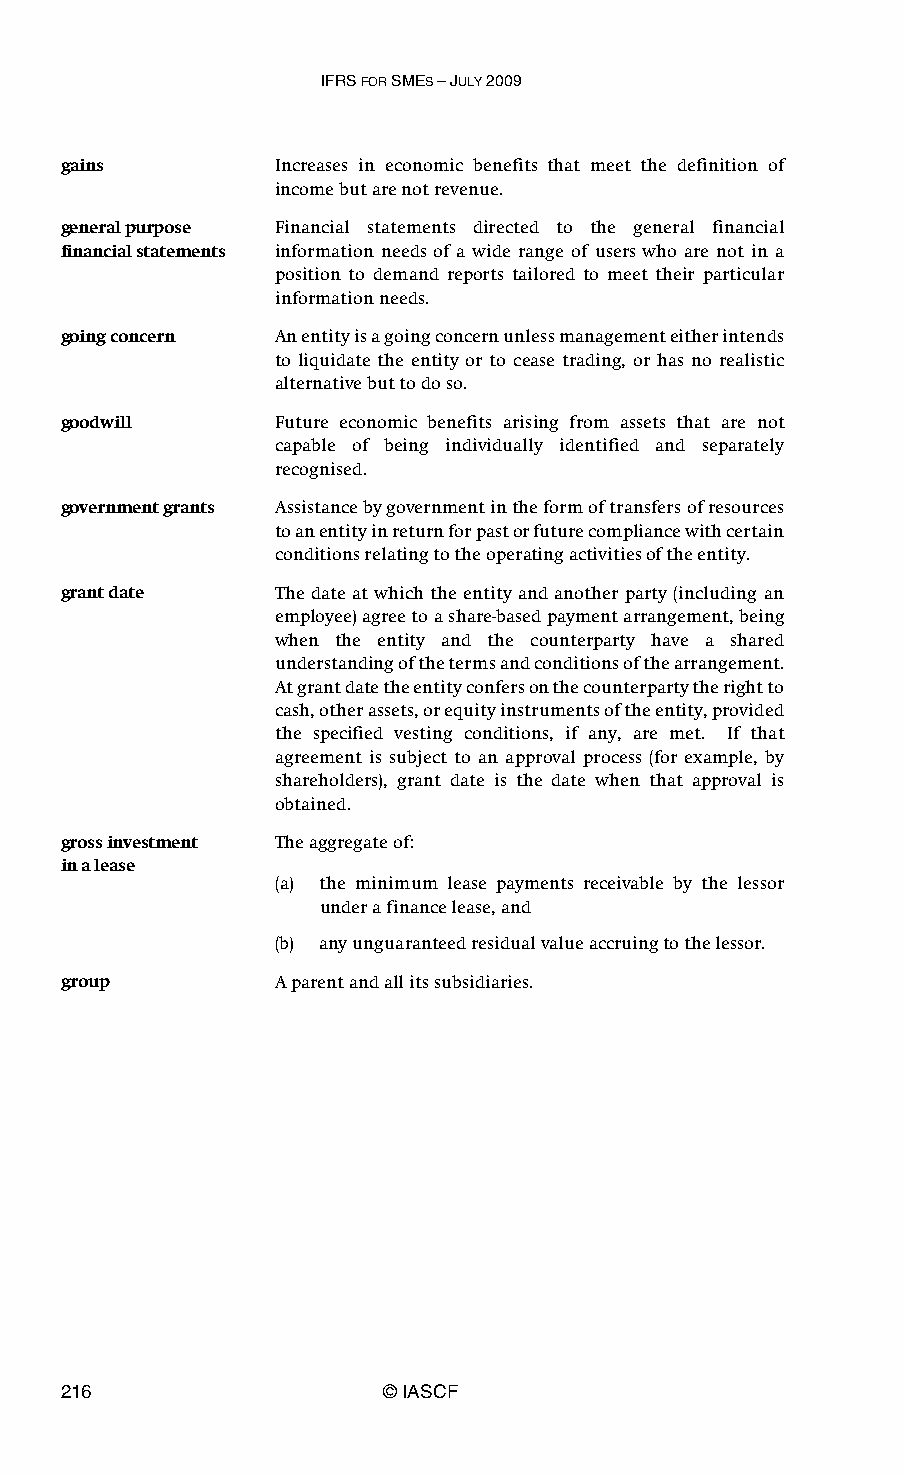
IFRS FOR SMES – JULY 2009
 gains         Increases in economic benefits that meet the definition of
 income but are not revenue.
 general purpose Financial statements directed to the general financial
 financial statements information needs of a wide range of users who are not in a
 position to demand reports tailored to meet their particular
 information needs.
 going concern An entity is a going concern unless management either intends
 to liquidate the entity or to cease trading, or has no realistic
 alternative but to do so.
 goodwill      Future economic benefits arising from assets that are not
 capable of being individually identified and separately
 recognised.
 government grants Assistance by government in the form of transfers of resources
 to an entity in return for past or future compliance with certain
 conditions relating to the operating activities of the entity.
 grant date    The date at which the entity and another party (including an
 employee) agree to a share-based payment arrangement, being
 when the entity and the counterparty have a shared
 understanding of the terms and conditions of the arrangement.
 At grant date the entity confers on the counterparty the right to
 cash, other assets, or equity instruments of the entity, provided
 the specified vesting conditions, if any, are met. If that
 agreement is subject to an approval process (for example, by
 shareholders), grant date is the date when that approval is
 obtained.
 gross investment The aggregate of:
 in a lease
 (a) the minimum lease payments receivable by the lessor
 under a finance lease, and
 (b) any unguaranteed residual value accruing to the lessor.
 group         A parent and all its subsidiaries.
 216                   © IASCF